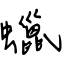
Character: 蠟